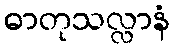
ဓာတုသလ္လာနံ